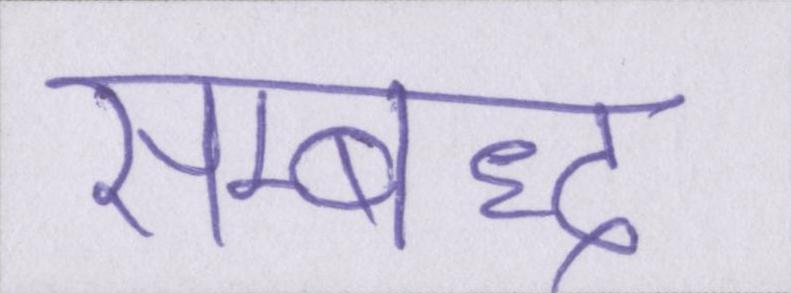
सम्बध्द